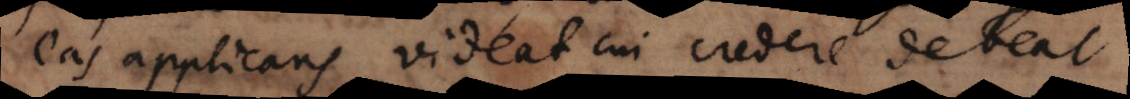
eas applicans videat cui credere debeat.